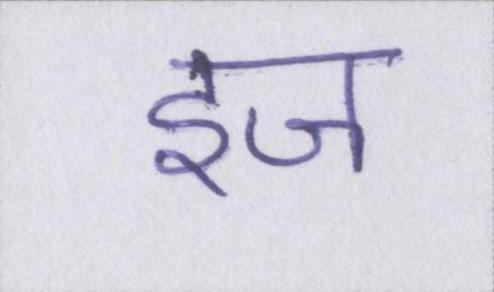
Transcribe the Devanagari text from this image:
इज